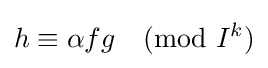
h\equiv \alpha fg{\pmod {I^{k}}}